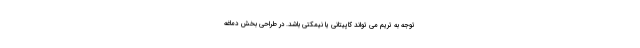
توجه به تریم می تواند کاپیتانی یا نیمکتی باشد. در طراحی بخش دماغه